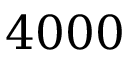
4 0 0 0